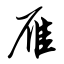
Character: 雁